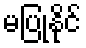
မပြုနိုင်